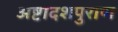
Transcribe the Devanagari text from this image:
अष्टादशपुराण